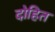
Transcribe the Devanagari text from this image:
दोहित